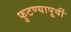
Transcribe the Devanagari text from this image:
फुटण्यापूर्वी